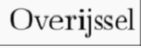
Overijssel